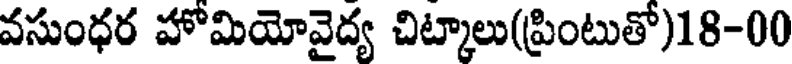
వసుంధర హోమియోవైద్య చిట్కాలు(ప్రింటుతో)18-00